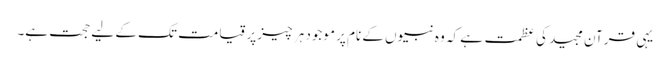
یہی قرآن مجید کی عظمت ہے کہ وہ نبیوں کے نام پر موجود ہر چیز پر قیامت تک کے لیے حجت ہے۔